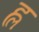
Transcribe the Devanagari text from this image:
ह्ल